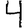
Digit: 4